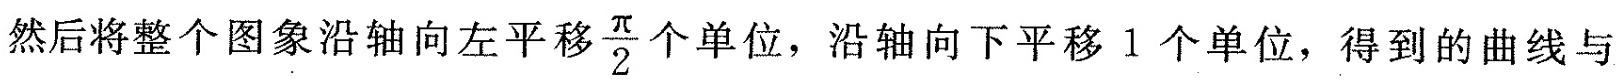
然后将整个图象沿轴向左平移 \frac{π}{2} 个单位，沿轴向下平移1个单位，得到的曲线与